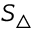
S _ { \triangle }